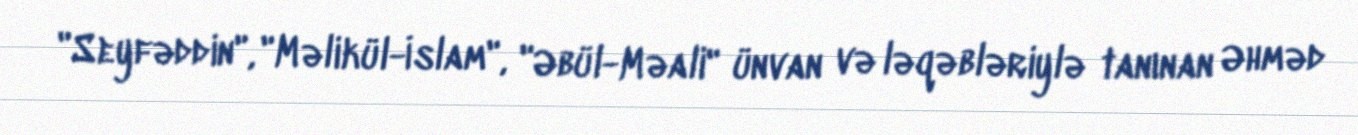
"Seyfəddin", "Məlikül-İslam", "Əbül-Məali" ünvan və ləqəbləriylə tanınan Əhməd